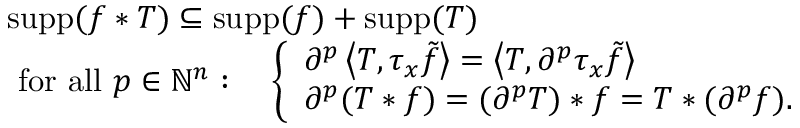
{ \begin{array} { r l } & { \operatorname { s u p p } ( f \ast T ) \subseteq \operatorname { s u p p } ( f ) + \operatorname { s u p p } ( T ) } \\ & { { \mathrm { ~ f o r ~ a l l ~ } } p \in \mathbb { N } ^ { n } : \quad { \left\{ \begin{array} { l l } { \partial ^ { p } \left\langle T , \tau _ { x } { \tilde { f } } \right\rangle = \left\langle T , \partial ^ { p } \tau _ { x } { \tilde { f } } \right\rangle } \\ { \partial ^ { p } ( T \ast f ) = ( \partial ^ { p } T ) \ast f = T \ast ( \partial ^ { p } f ) . } \end{array} \right. } } \end{array} }